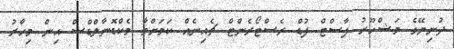
ދުނިޔޭގެ މަޝްހޫރު ފާސްޓް ފުޑް ރެސްޓޯރެންޓް ޗެއިނެއް ކަމަށްވާ މެކްޑޮނާލްޑްސް އިން މިހާރު